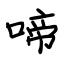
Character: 啼